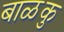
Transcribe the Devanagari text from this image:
बाळकु